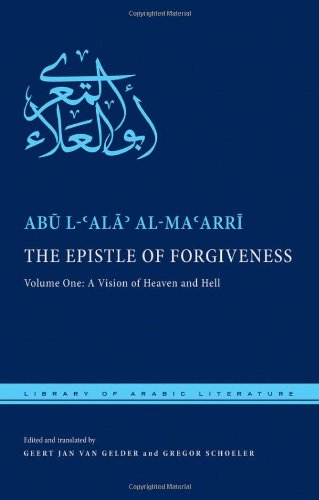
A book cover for The Epistle of Forgiveness: Volume One: A Vision of Heaven and Hell (Library of Arabic Literature); Abu l-Ala al-Maarri; Literature & Fiction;